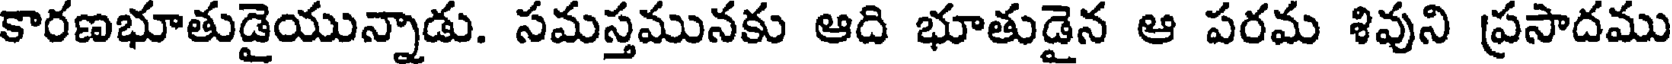
కారణభూతుడైయున్నాడు. సమస్తమునకు ఆది భూతుడైన ఆ పరమ శివుని ప్రసాదము